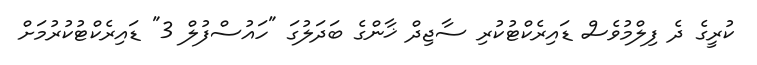
ކުރީގެ ދެ ފިލްމުވެސް ޑައިރެކްޓުކުރި ސާޖިދް ޚާންގެ ބަދަލުގަ "ހައުސްފުލް 3" ޑައިރެކްޓުކުރުމަށް